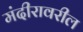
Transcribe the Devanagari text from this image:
मंदीरावरील